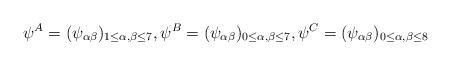
LaTeX: \begin{align*}\psi^A=(\psi_{\alpha \beta})_{1 \leq \alpha, \beta \leq 7}, \psi^B=(\psi_{\alpha \beta})_{0 \leq \alpha, \beta \leq 7}, \psi^C =(\psi_{\alpha \beta})_{0 \leq \alpha, \beta \leq 8}\end{align*}